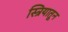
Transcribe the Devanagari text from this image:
स्त्रियातून